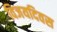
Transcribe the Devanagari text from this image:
विजयदिवस